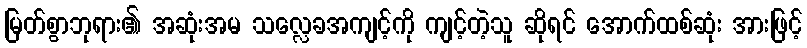
မြတ်စွာဘုရား၏ အဆုံးအမ သလ္လေခအကျင့်ကို ကျင့်တဲ့သူ ဆိုရင် အောက်ထစ်ဆုံး အားဖြင့်